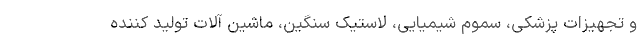
و تجهیزات پزشکی، سموم شیمیایی، لاستیک سنگین، ماشین آلات تولید کننده